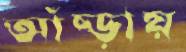
আঁচ্‌ড়ায়